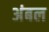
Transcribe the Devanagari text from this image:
अंबल